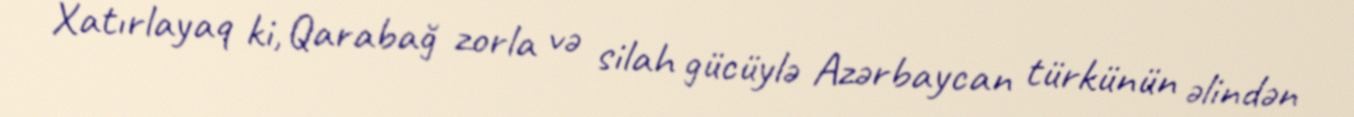
Xatırlayaq ki, Qarabağ zorla və silah gücüylə Azərbaycan türkünün əlindən